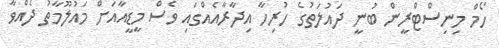
ހޯމް މިނިސްޓްރީން ބުނީ ދައުލަތުގެ ހުރިހާ އިދާރާއެއްގައި ވެސް މީޑީއާއަށް މައުލޫމާތު ދެއްވާ